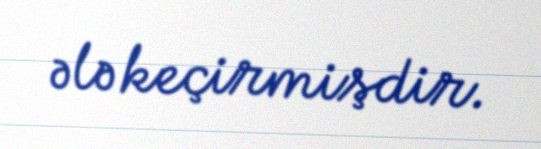
ələ keçirmişdir.